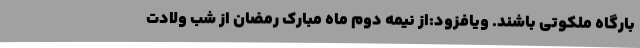
بارگاه ملکوتی باشند. ویافزود:از نیمه دوم ماه مبارک رمضان از شب ولادت